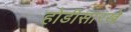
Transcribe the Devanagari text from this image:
होडीसारखे